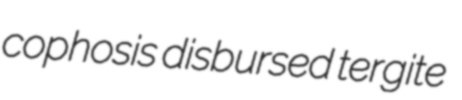
cophosis disbursed tergite